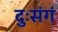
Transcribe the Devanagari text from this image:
दुःसंगं